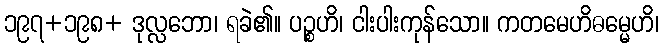
၁၉၇+၁၉၈+ ဒုလ္လဘော၊ ရခဲ၏။ ပဉ္စဟိ၊ ငါးပါးကုန်သော။ ကတမေဟိဓမ္မေဟိ၊